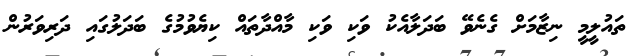
ތައުލީމީ ނިޒާމަށް ގެނެވޭ ބަދަލާއެކު ވަކި ވަކި މާއްދާތައް ކިޔެވުމުގެ ބަދަލުގައި ދަރިވަރުން